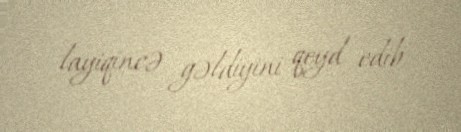
layiqincə gəldiyini qeyd edib.